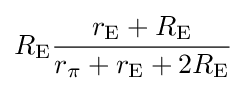
R_{\mathrm {E} }{\frac {r_{\mathrm {E} }+R_{\mathrm {E} }}{r_{\pi }+r_{\mathrm {E} }+2R_{\mathrm {E} }}}